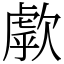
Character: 歑